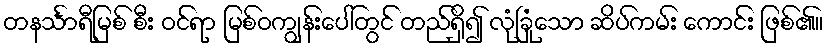
တနင်္သာရီမြစ် စီး ဝင်ရာ မြစ်ဝကျွန်းပေါ်တွင် တည်ရှိ၍ လုံခြုံသော ဆိပ်ကမ်း ကောင်း ဖြစ်၏။